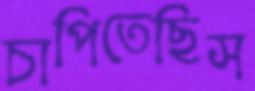
চাপিতেছিস